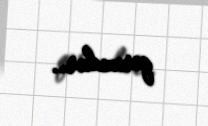
qorxudur..